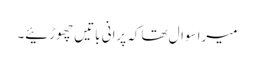
میراسوال تھاکہ پرانی باتیں چھوڑئیے۔